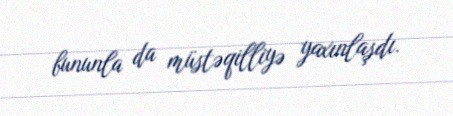
bununla da müstəqilliyə yaxınlaşdı.